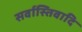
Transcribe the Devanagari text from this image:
सर्वास्तिवादि